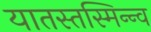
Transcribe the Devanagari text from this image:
यातस्तस्मिन्न्व